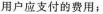
用户应支付的费用；